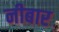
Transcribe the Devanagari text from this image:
नीबार